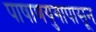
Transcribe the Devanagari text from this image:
पाषाणयुगापासून